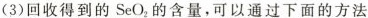
(3)回收得到的SeO_{2}的含量，可以通过下面的方法